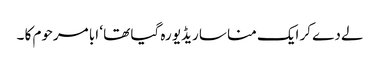
لے دے کر ایک منا سا ریڈیو رہ گیا تھا ‘ ابا مرحوم کا ۔